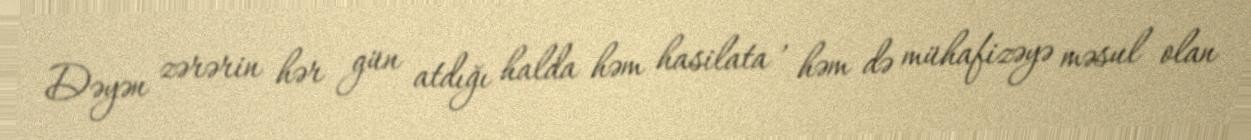
Dəyən zərərin hər gün atdığı halda həm hasilata , həm də mühafizəyə məsul olan